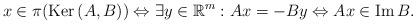
LaTeX: \begin{gather*}x\in\pi(\mbox{Ker}\,(A,B))\Leftrightarrow \exists y\in\mathbb{R}^{m}:Ax=-By\Leftrightarrow Ax\in\mbox{Im}\,B.\end{gather*}